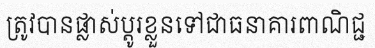
ត្រូវបានផ្លាស់ប្តូរខ្លួនទៅជាធនាគារពាណិជ្ជ